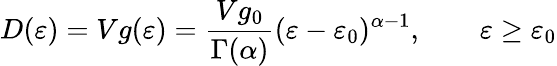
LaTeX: D(\varepsilon)=Vg(\varepsilon)={\frac{Vg_{0}}{\Gamma(\alpha)}}(\varepsilon-\varepsilon_{0})^{\alpha-1},\qquad\varepsilon\geq\varepsilon_{0}